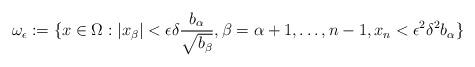
LaTeX: \begin{align*}\omega_\epsilon := \{x \in \Omega: |x_\beta| < \epsilon \delta \frac{b_\alpha}{\sqrt{b_\beta}}, \beta = \alpha + 1, \ldots, n-1, x_n < \epsilon^2 \delta^2 b_\alpha\}\end{align*}